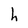
Character: h